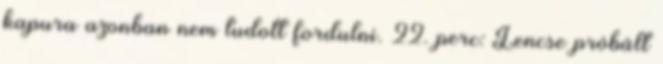
kapura azonban nem tudott fordulni. 22. perc: Lencse próbált